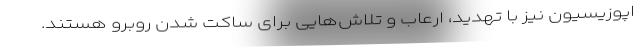
اپوزیسیون نیز با تهدید، ارعاب و تلاش‌هایی برای ساکت شدن روبرو هستند.